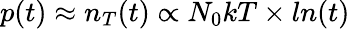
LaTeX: p(t)\approx n_{T}(t)\propto N_{0}kT\times ln(t)